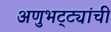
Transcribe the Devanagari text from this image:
अणुभट्ट्यांची